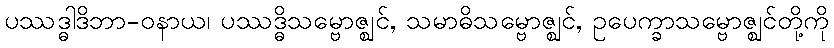
ပဿဒ္ဓါဒိဘာ-ဝနာယ၊ ပဿဒ္ဓိသမ္ဗောဇ္ဈင်, သမာဓိသမ္ဗောဇ္ဈင်, ဥပေက္ခာသမ္ဗောဇ္ဈင်တို့ကို